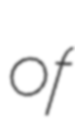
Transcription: of